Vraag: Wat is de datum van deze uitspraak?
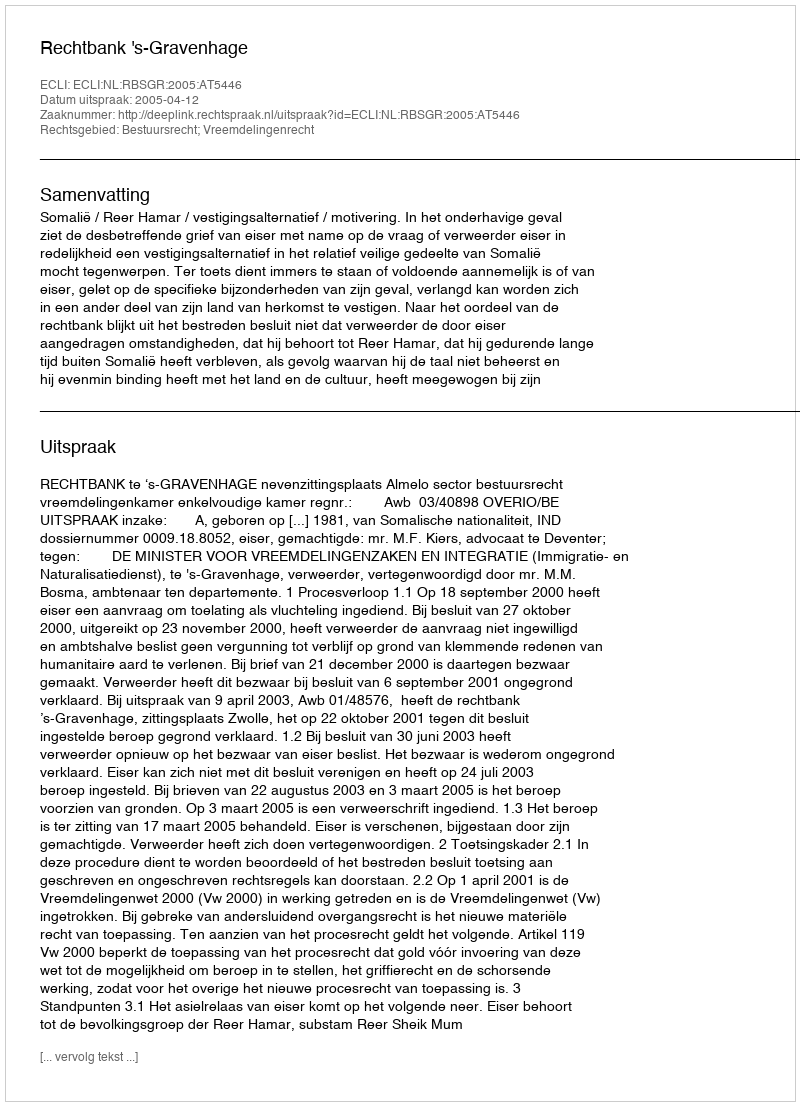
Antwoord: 2005-04-12